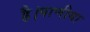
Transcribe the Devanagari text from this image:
है।पाणीया